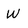
Character: W